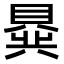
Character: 𬥟